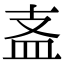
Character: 𥁈